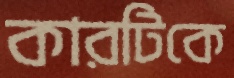
কারটিকে